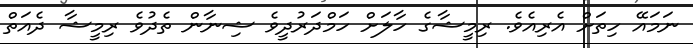
ނަމައޭ ހިތަށް އެރިއެވެ. ރިމީޝާގެ ހާލަށް ހަމްދަރުދީވެ ޝިނާން ތެދުވެ ރިމީޝާ ދެއަތް